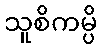
သူစိကမ္ပိ